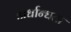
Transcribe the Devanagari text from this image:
अर्धान्धता